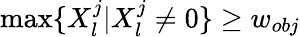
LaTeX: \operatorname*{max}\{ X_{l}^{j}|X_{l}^{j}\neq 0\} \ge w_{obj}